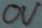
Text: 0V